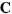
C